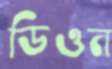
ডিওন